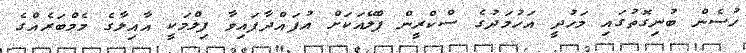
ހުސެން ބުނިގޮތުގައި މަހުދީ އަހުމަދުގެ ސްކްރީން ޕްލޭއަކަށް އުފައްދާފައިވާ ފިލްމަކީ އާއިލާގެ މެމްބަރެއްގެ